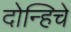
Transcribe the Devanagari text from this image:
दोन्हिचे